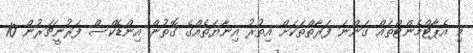
މި އެޕާޓްމެންޓްތައް ގަންނަ ފަރާތްތަކަށް އިތުރު އިނާޔަތެއްގެ ގޮތުން އިންޑެކްސް ފަރުނީޗަރުން 10